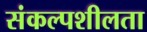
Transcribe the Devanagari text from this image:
संकल्पशीलता